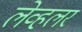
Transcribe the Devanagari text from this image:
लेव्हलर